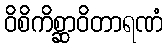
ဝိစိကိစ္ဆာဝိတာရဏံ